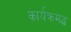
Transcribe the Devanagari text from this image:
कार्यक्रमद्ध